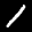
Label: 1